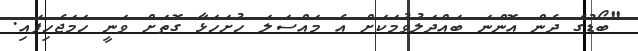
"ބޯޑުގެ ދެން އޮންނަ ބައްދަލުވުމަކަށް އެ މައްސަލަ ހުށަހަޅާ ގޮތަށް ވަނީ ހަމަޖެހިފައި.